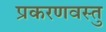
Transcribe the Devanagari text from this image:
प्रकरणवस्तु